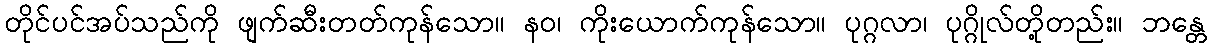
တိုင်ပင်အပ်သည်ကို ဖျက်ဆီးတတ်ကုန်သော။ နဝ၊ ကိုးယောက်ကုန်သော။ ပုဂ္ဂလာ၊ ပုဂ္ဂိုလ်တို့တည်း။ ဘန္တေ